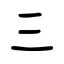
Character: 三